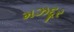
મઝદૂર